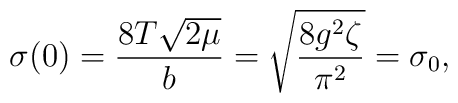
\sigma (0)=\frac{8T\sqrt{2\mu }}{b}=\sqrt{\frac{8g^2\zeta }{\pi ^2}} =\sigma _0,